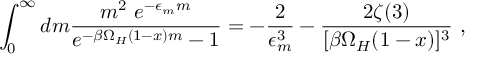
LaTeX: \int _ { 0 } ^ { \infty } d m \frac { m ^ { 2 } ~ e ^ { - \epsilon _ { m } m } } { e ^ { - \beta \Omega _ { H } ( 1 - x ) m } - 1 } = - \frac { 2 } { \epsilon _ { m } ^ { 3 } } - \frac { 2 \zeta ( 3 ) } { [ \beta \Omega _ { H } ( 1 - x ) ] ^ { 3 } } ~ ,